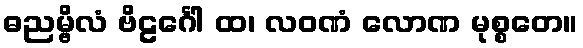
ဓညမ္ဗိလံ ဗိဠင်္ဂေါ ထ၊ လဝဏံ လောဏ မုစ္စတေ။